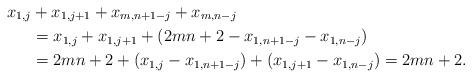
LaTeX: \begin{align*}x_{1,j} &+x_{1,j+1}+x_{m,n+1-j}+x_{m,n-j} \\ &=x_{1,j}+x_{1,j+1}+ ( 2mn+2 - x_{1,n+1-j}-x_{1,n-j} ) \\ &=2mn+2+ ( x_{1,j} -x_{1,n+1-j} ) + (x_{1,j+1} -x_{1,n-j} ) =2mn+2.\end{align*}